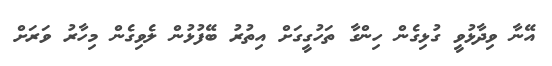
އޭނާ ވިދާޅުވީ ގުޅިގެން ހިންގާ ތަހުގީގަށް އިތުރު ބޭފުޅުން ލެވިގެން މިހާރު ވަރަށް